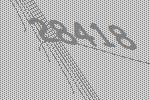
28418